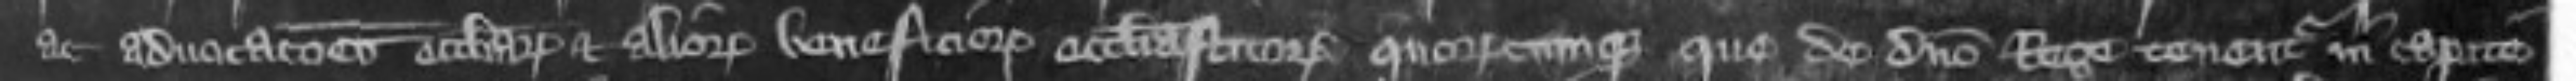
ac advocationes ecclesiarum et aliorum beneficiorum ecclesiasticorum quoruscumque que de domino Rege tenentur in capite